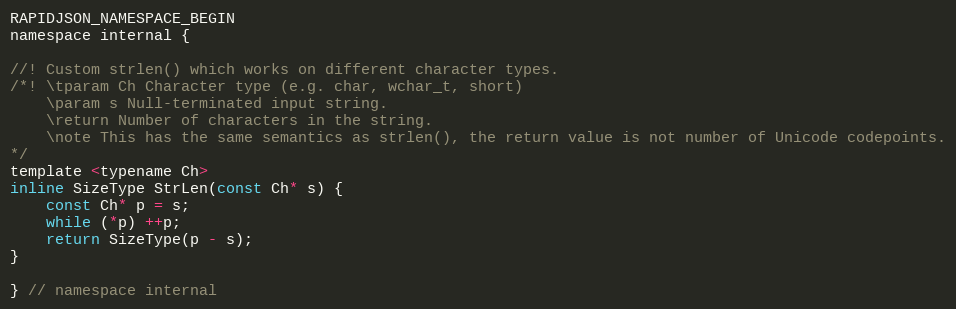
Language: C
RAPIDJSON_NAMESPACE_BEGIN
namespace internal {

//! Custom strlen() which works on different character types.
/*! \tparam Ch Character type (e.g. char, wchar_t, short)
    \param s Null-terminated input string.
    \return Number of characters in the string.
    \note This has the same semantics as strlen(), the return value is not number of Unicode codepoints.
*/
template <typename Ch>
inline SizeType StrLen(const Ch* s) {
    const Ch* p = s;
    while (*p) ++p;
    return SizeType(p - s);
}

} // namespace internal